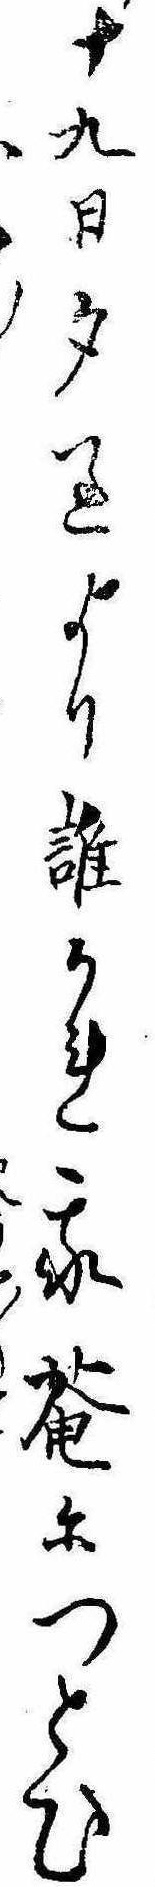
十九日夕過より誰かれ我庵につとひ〱